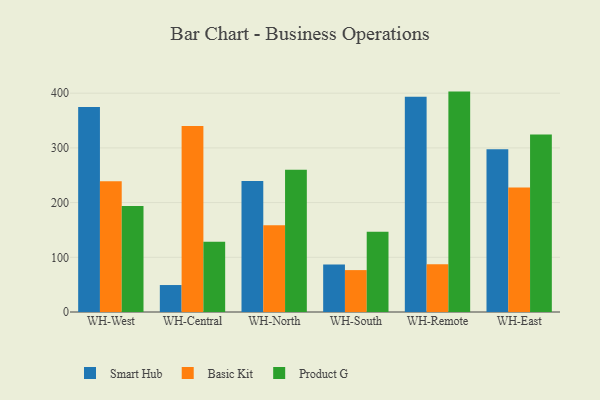
{"axis": {"x": "Warehouse", "y": "Temperature (°C)"}, "legend": ["Basic Kit", "Product G", "Smart Hub"], "data": [{"x": "WH-West", "y": 374.6, "type": "Smart Hub"}, {"x": "WH-West", "y": 238.9, "type": "Basic Kit"}, {"x": "WH-West", "y": 193.6, "type": "Product G"}, {"x": "WH-Central", "y": 49.3, "type": "Smart Hub"}, {"x": "WH-Central", "y": 339.9, "type": "Basic Kit"}, {"x": "WH-Central", "y": 128.5, "type": "Product G"}, {"x": "WH-North", "y": 239.5, "type": "Smart Hub"}, {"x": "WH-North", "y": 158.4, "type": "Basic Kit"}, {"x": "WH-North", "y": 260.0, "type": "Product G"}, {"x": "WH-South", "y": 86.7, "type": "Smart Hub"}, {"x": "WH-South", "y": 76.6, "type": "Basic Kit"}, {"x": "WH-South", "y": 146.8, "type": "Product G"}, {"x": "WH-Remote", "y": 393.4, "type": "Smart Hub"}, {"x": "WH-Remote", "y": 87.5, "type": "Basic Kit"}, {"x": "WH-Remote", "y": 402.9, "type": "Product G"}, {"x": "WH-East", "y": 297.6, "type": "Smart Hub"}, {"x": "WH-East", "y": 227.7, "type": "Basic Kit"}, {"x": "WH-East", "y": 324.4, "type": "Product G"}]}